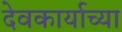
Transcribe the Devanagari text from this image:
देवकार्याच्या